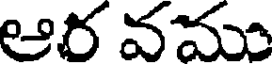
ఆర వము